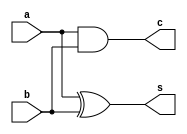
`timescale 1ns / 1ps
//////////////////////////////////////////////////////////////////////////////////
// Company: 
// Engineer: 
// 
// Design Name: 
// Module Name: HalfAdder
// Project Name: 
// Target Devices: 
// Tool Versions: 
// Description: 
// 
// Dependencies: 
// 
// Revision:
// Revision 0.01 - File Created
// Additional Comments:
// 
//////////////////////////////////////////////////////////////////////////////////


module HalfAdder(
    input a,
    input b,
    output s,
    output c
    );
    
    assign s = a^b;
    assign c = a&b;
    
endmodule